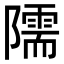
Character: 隭